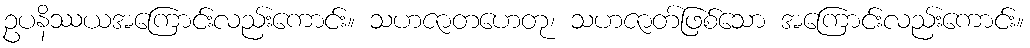
ဥပနိဿယအကြောင်းလည်းကောင်း။ သဟဇာတဟေတု၊ သဟဇာတ်ဖြစ်သော အကြောင်းလည်းကောင်း။